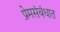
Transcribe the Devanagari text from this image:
प्रेमसंबंधात